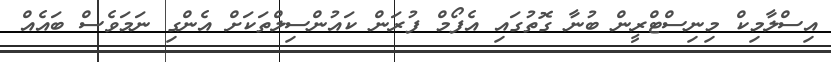
އިސްލާމިކް މިނިސްޓްރީން ބުނާ ގޮތުގައި އެފޯމް ފުރަން ކައުންސިލްތަކަށް އެންގި ނަމަވެސް ބައެއް